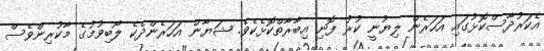
އެކަރުދާސްކޮޅުގައި އަހަރެން ލިޔުނީ ކުރު ފޮނި އިބާރާތްކޮޅެކެވެ. ޝަޔާން އަހަރެންދެކެ ލޯބިވުމުގެ މާކުރިންވެސް